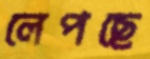
লেপছে